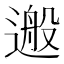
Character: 𨕴